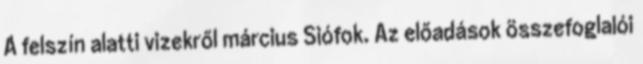
A felszín alatti vizekről március Siófok. Az előadások összefoglalói